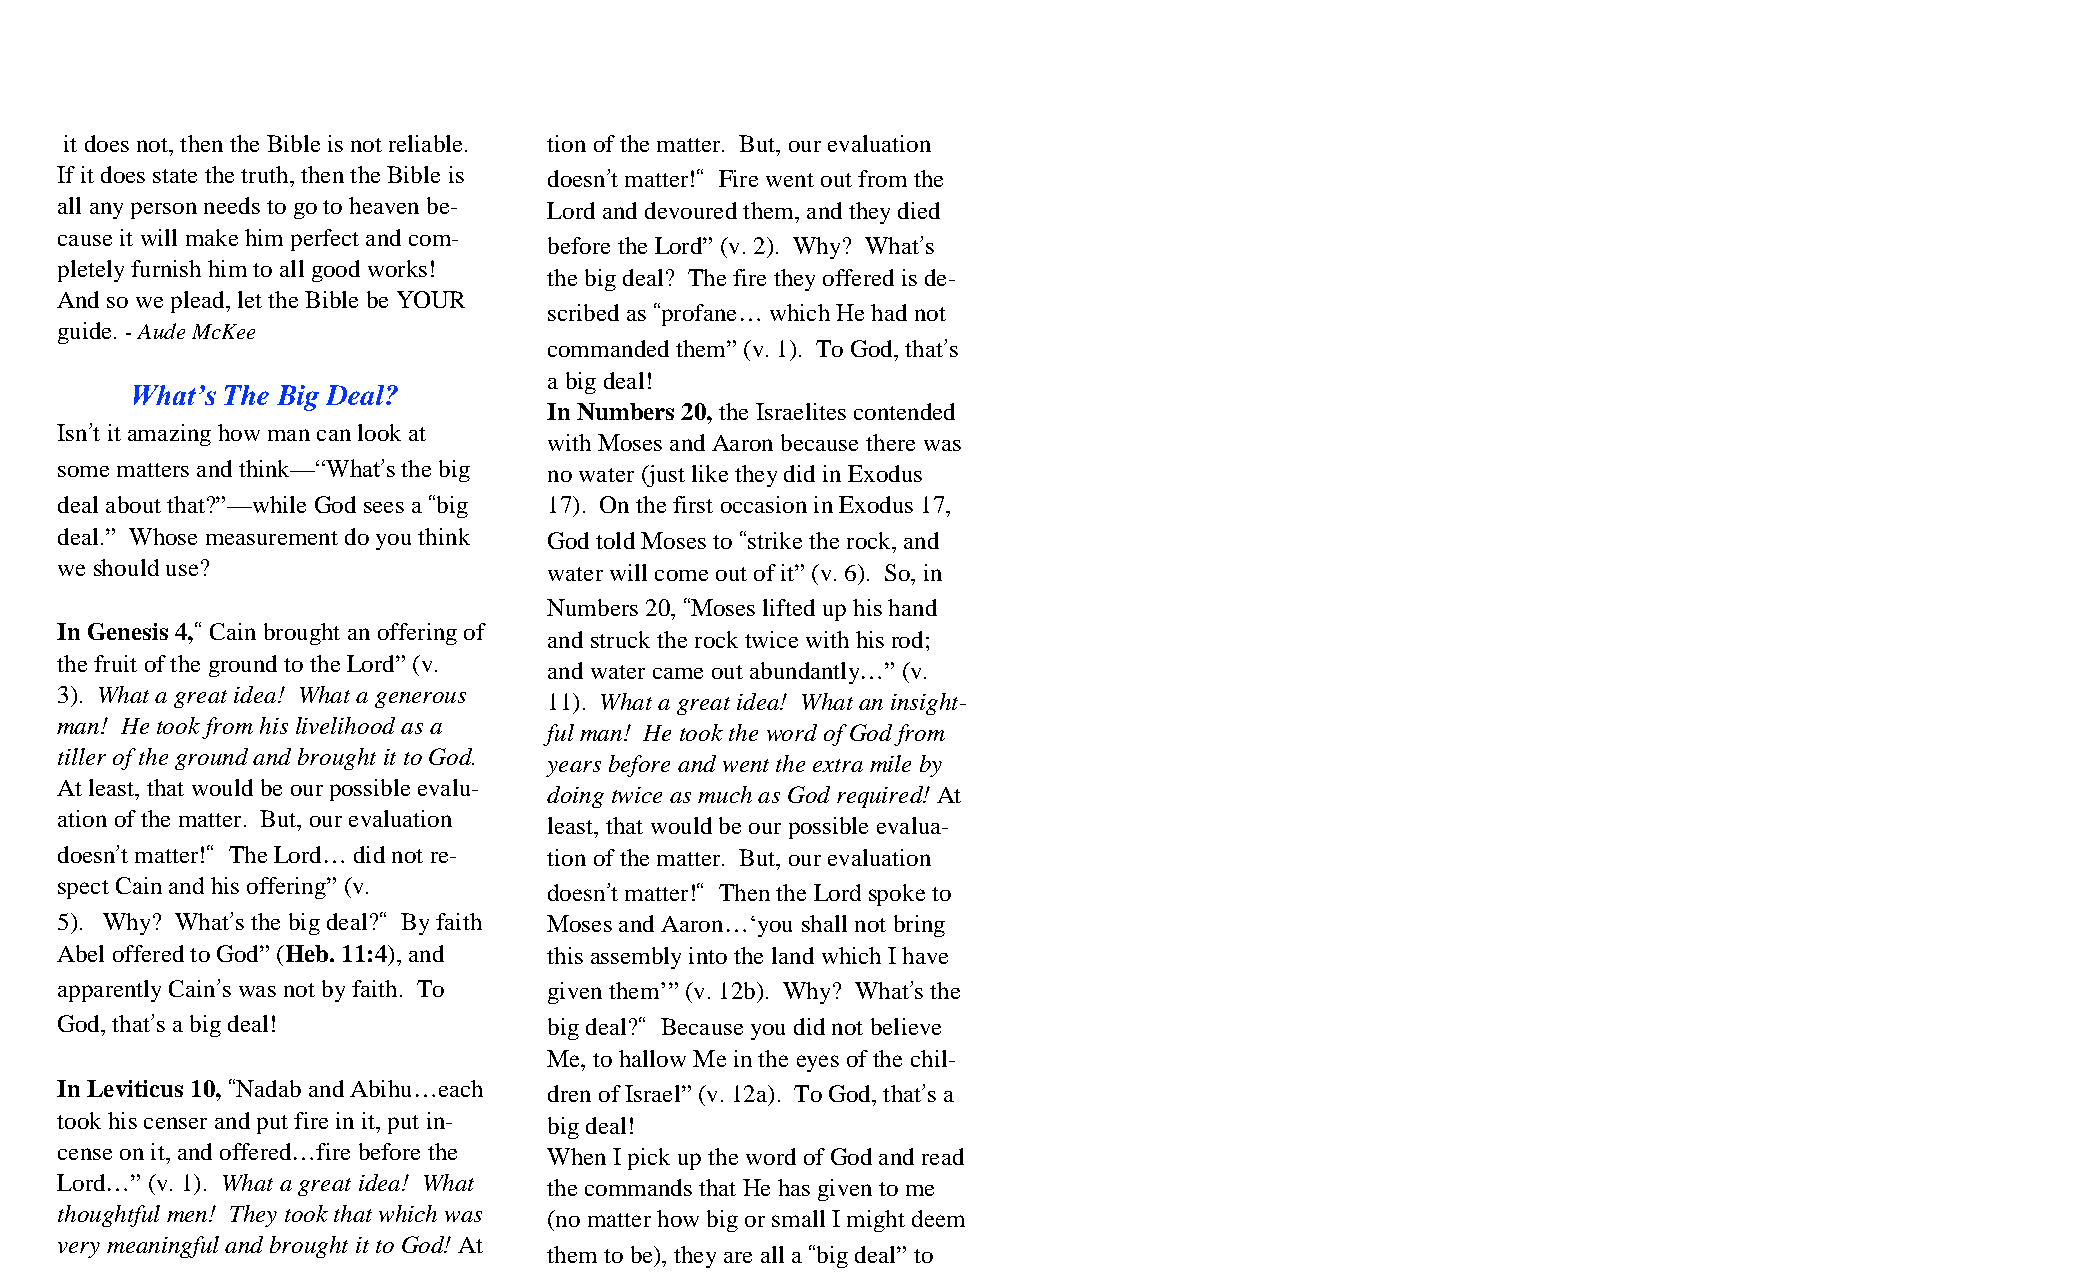
it does not, then the Bible is not reliable. tion of the matter. But, our evaluation
 If it does state the truth, then the Bible is doesn’t matter!“ Fire went out from the
 all any person needs to go to heaven be- Lord and devoured them, and they died
 cause it will make him perfect and com-
 before the Lord” (v. 2). Why? What’s
 pletely furnish him to all good works!
 the big deal? The fire they offered is de-
 And so we plead, let the Bible be YOUR
 scribed as “profane… which He had not
 guide. - Aude McKee
 commanded them” (v. 1). To God, that’s
 a big deal!
 What’s The Big Deal?
 In Numbers 20, the Israelites contended
 Isn’t it amazing how man can look at
 with Moses and Aaron because there was
 some matters and think—“What’s the big no water (just like they did in Exodus
 deal about that?”—while God sees a “big 17). On the first occasion in Exodus 17,
 deal.” Whose measurement do you think God told Moses to “strike the rock, and
 we should use?                  water will come out of it” (v. 6). So, in
 Numbers 20, “Moses lifted up his hand
 In Genesis 4,“ Cain brought an offering of
 and struck the rock twice with his rod;
 the fruit of the ground to the Lord” (v.
 and water came out abundantly…” (v.
 3). What a great idea! What a generous
 11). What a great idea! What an insight-
 man! He took from his livelihood as a
 ful man! He took the word of God from
 tiller of the ground and brought it to God.
 years before and went the extra mile by
 At least, that would be our possible evalu-
 doing twice as much as God required! At
 ation of the matter. But, our evaluation
 least, that would be our possible evalua-
 doesn’t matter!“ The Lord… did not re- tion of the matter. But, our evaluation
 spect Cain and his offering” (v. doesn’t matter!“ Then the Lord spoke to
 5). Why? What’s the big deal?“ By faith Moses and Aaron…‘you shall not bring
 Abel offered to God” (Heb. 11:4), and this assembly into the land which I have
 apparently Cain’s was not by faith. To given them’” (v. 12b). Why? What’s the
 God, that’s a big deal!         big deal?“ Because you did not believe
 Me, to hallow Me in the eyes of the chil-
 In Leviticus 10, “Nadab and Abihu…each dren of Israel” (v. 12a). To God, that’s a
 took his censer and put fire in it, put in- big deal!
 cense on it, and offered…fire before the When I pick up the word of God and read
 Lord…” (v. 1). What a great idea! What the commands that He has given to me
 thoughtful men! They took that which was (no matter how big or small I might deem
 very meaningful and brought it to God! At
 them to be), they are all a “big deal” to
 least, that would be our possible evalua-
 God! -David Sproule